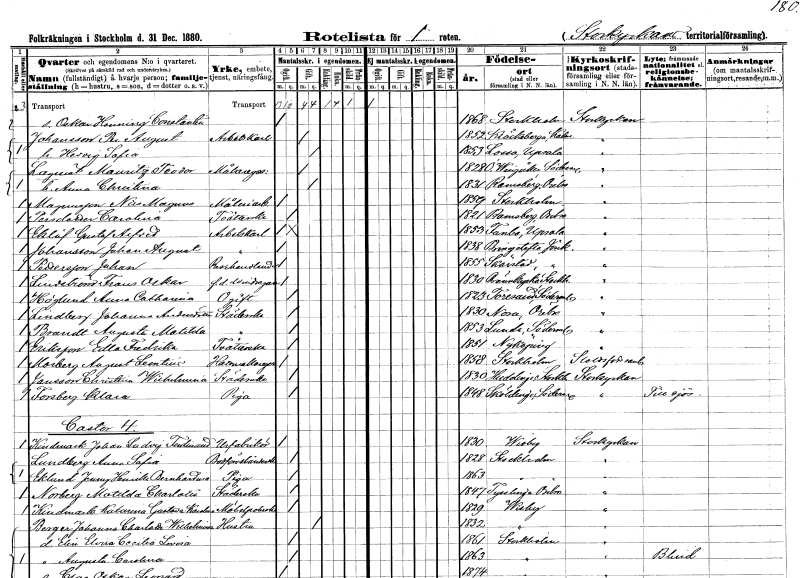
gt_parse: households: individuals: FN: Oskar Henning Constantin
KON: M
CIV: O
FODAR: 1868
FODFORS: Stockholm
FN: Per August
EN: Johansson
YRKE: Arbetskarl
KON: M
CIV: G
FODAR: 1852
FODFORS: Kläckeberga Kalmar län
FN: Hedvig Sofia
KON: K
CIV: G
FODAR: 1853
FODFORS: Lossa Stockholms län
FN: Mauritz Teodor
EN: Lagsten
YRKE: Målaregesäll
KON: M
CIV: G
FODAR: 1828
FODFORS: Östra Vingåker Södermanlands län
FN: Anna Christina
KON: K
CIV: G
FODAR: 1831
FODFORS: Ramsberg Örebro län
FN: Nils Magnus
EN: Magnusson
YRKE: Måleriarbetare
KON: M
CIV: O
FODAR: 1859
FODFORS: Stockholm
FN: Carolina
EN: Persdotter
YRKE: Tvätterska
KON: K
CIV: O
FODAR: 1821
FODFORS: Ramsberg Örebro län
FN: Gustaf Alfred
EN: Eklöf
YRKE: Arbetskarl
KON: M
CIV: O
FODAR: 1853
FODFORS: Funbo Uppsala län
FN: Johan August
EN: Johansson
YRKE: Arbetskarl
KON: M
CIV: O
FODAR: 1838
FODFORS: Bringetofta Jönköpings län
FN: Johan
EN: Pettersson
YRKE: Resehandlare
KON: M
CIV: O
FODAR: 1855
FODFORS: Skärstad Jönköpings län
FN: Frans Oskar
EN: Lindström
YRKE: Vindragare f.d.
KON: M
CIV: O
FODAR: 1830
FODFORS: Brännkyrka Stockholms län
FN: Anna Catharina
EN: Höglund
KON: K
CIV: O
FODAR: 1823
FODFORS: Toresund Södermanlands län
FN: Johanna
EN: Lindberg Andersdotter
YRKE: Städerska
KON: K
CIV: O
FODAR: 1830
FODFORS: Nora Örebro län
FN: Augusta Matilda
EN: Brandt
YRKE: Städerska
KON: K
CIV: O
FODAR: 1853
FODFORS: Lunda Stockholms län
FN: Edla Fredrika
EN: Eriksson
YRKE: Tvätterska
KON: K
CIV: O
FODAR: 1851
FODFORS: Nyköping Södermanlands län
FN: August Leontin
EN: Morberg
YRKE: Hattmakaregesäll
KON: M
CIV: O
FODAR: 1858
FODFORS: Stockholm
FN: Christina Wilhelmina
EN: Jansson
YRKE: Städerska
KON: K
CIV: O
FODAR: 1830
FODFORS: Huddinge Stockholms län
FN: Klara
EN: Forsberg
YRKE: Piga
KON: K
CIV: O
FODAR: 1848
FODFORS: Sköldinge Södermanlands län
FN: Johan Ludvig Ferdinand
EN: Kindmark
YRKE: Urfabrikör
KON: M
CIV: O
FODAR: 1830
FODFORS: Visby Gotlands län
FN: Anna Sofia
EN: Lundberg
YRKE: Bodförestånderska
KON: K
CIV: O
FODAR: 1828
FODFORS: Stockholm
FN: Jenny Henrika Bernhardina
EN: Eklund
YRKE: Piga
KON: K
CIV: O
FODAR: 1863
FODFORS: Stockholm
FN: Matilda Charlotta
EN: Norberg
YRKE: Städerska
KON: K
CIV: O
FODAR: 1847
FODFORS: Tysslinge Örebro län